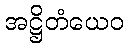
အဋ္ဌိတံယေဝ